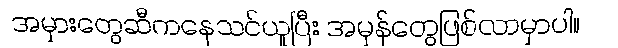
အမှားတွေဆီကနေသင်ယူပြီး အမှန်တွေဖြစ်လာမှာပါ။